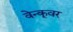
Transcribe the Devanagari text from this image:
वेन्कूवर